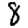
Digit: 8